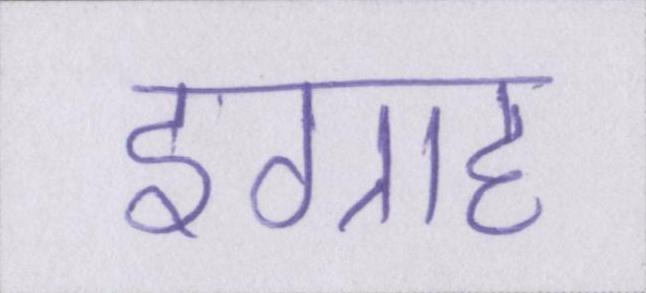
इग्राह